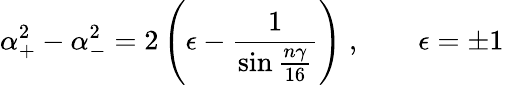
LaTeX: \alpha_{+}^{2}-\alpha_{-}^{2}=2\left(\epsilon-{\frac{1}{\sin{\frac{n\gamma}{16}}}}\right)\; ,\quad\quad\epsilon=\pm 1\;